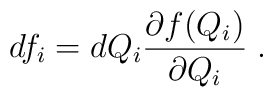
df_i = dQ_i \frac{ \partial f (Q_i) }{ \partial Q_i } \; .